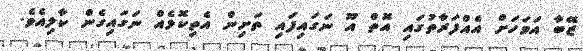
ޒޭބާ އަވަހަށް އެއްފަރާތުގައި އޮތް އޫ ނަގައިފައި ތަށިން އެތިކޮޅެއް ނަގައިގެން ކާލިއެވެ.